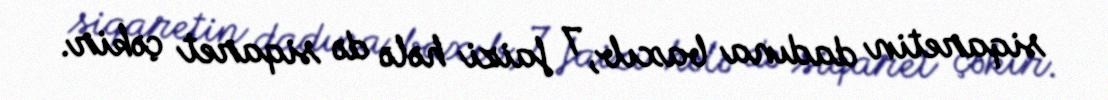
siqaretin dadına baxıb, 7 faizi hələ də siqaret çəkir.